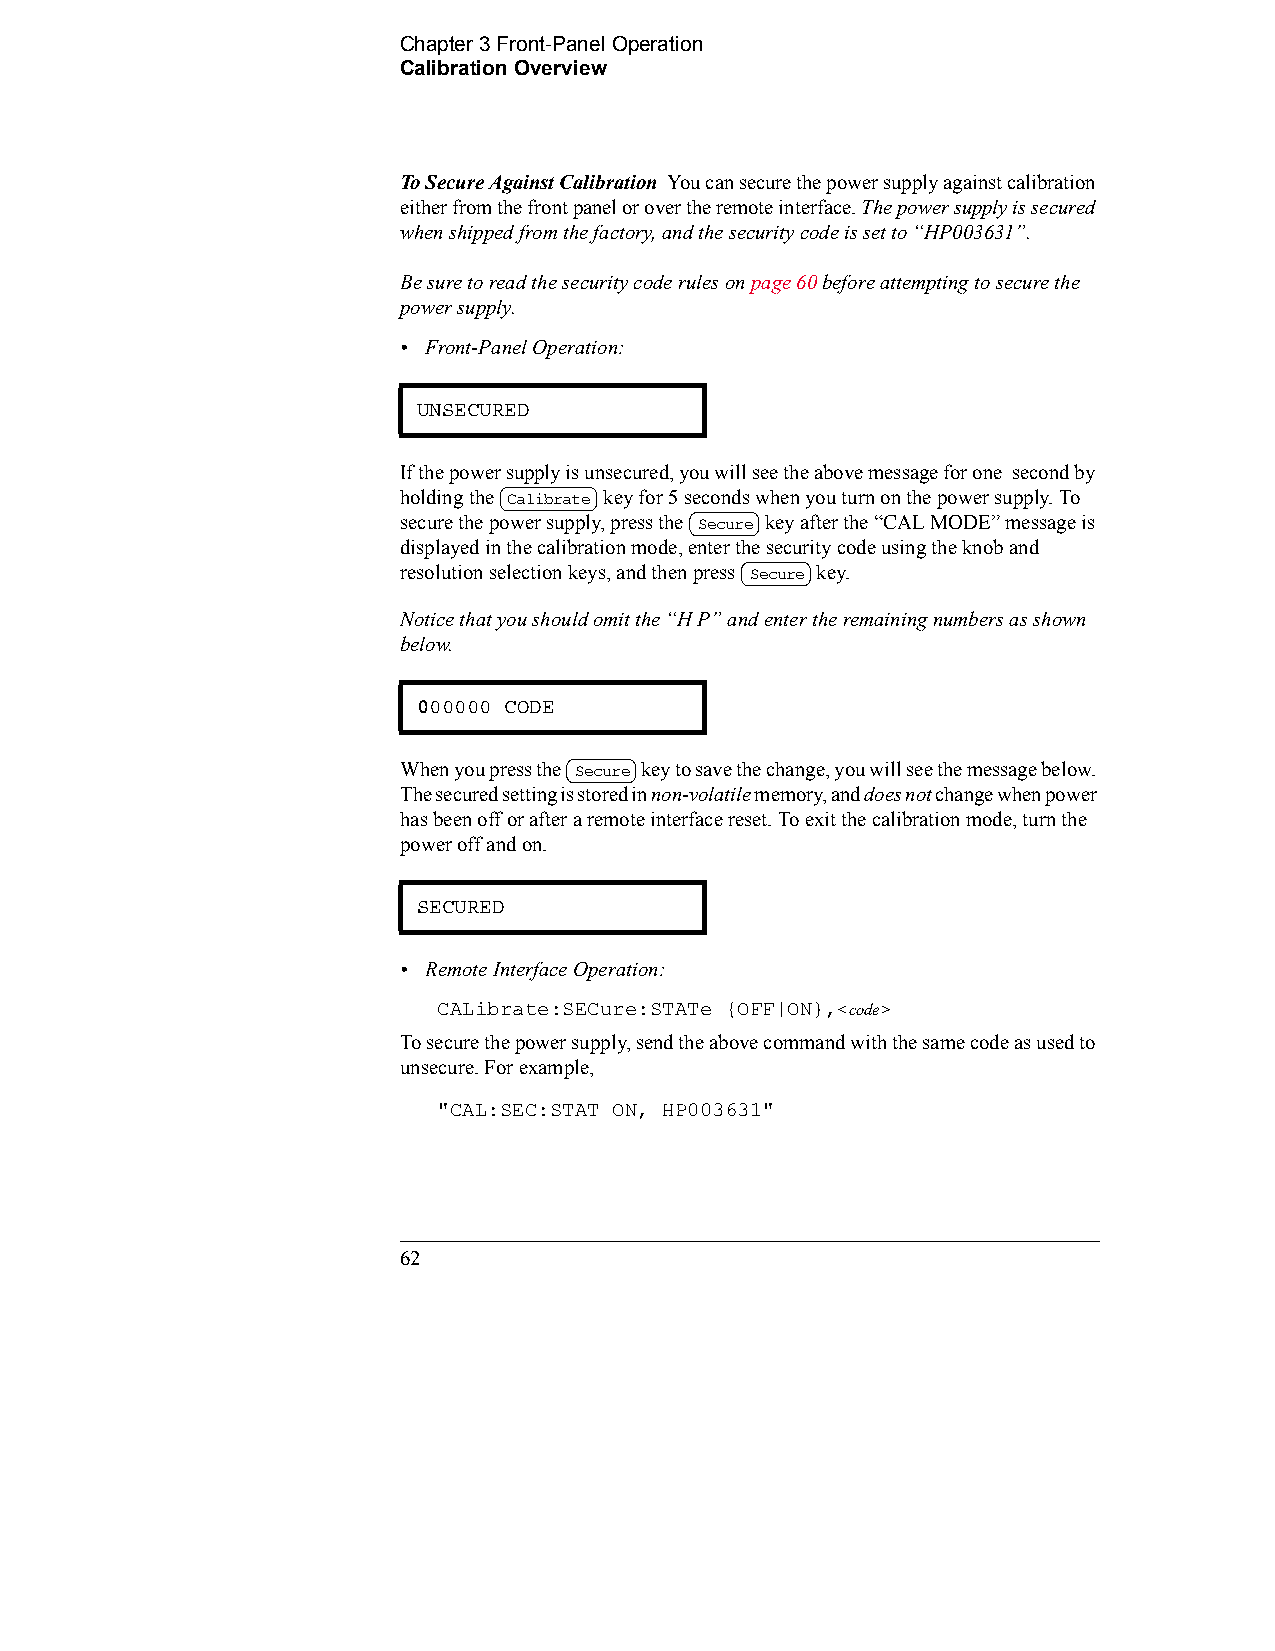
Chapter 3 Front-Panel Operation         
 Calibration Overview
 To Secure Against Calibration You can secure the power supply against calibration
 either from the front panel or over the remote interface. The power supply is secured
 when shipped from the factory, and the security code is set to “HP003631”.
 Be sure to read the security code rules on page 60 before attempting to secure the
 power supply.
 • Front-Panel Operation:
 UNSECURED
 If the power supply is unsecured, you will see the above message for one second by
 holding the Calibrate key for 5 seconds when you turn on the power supply. To
 secure the power supply, press the Secure key after the “CAL MODE” message is
 displayed in the calibration mode, enter the security code using the knob and
 resolution selection keys, and then press Secure key.
 Notice that you should omit the “H P” and enter the remaining numbers as shown
 below.
 000000 CODE
 When you press the Secure key to save the change, you will see the message below.
 The secured setting is stored in non-volatile memory, and does not change when power
 has been off or after a remote interface reset. To exit the calibration mode, turn the
 power off and on.
 SECURED
 • Remote Interface Operation:
 CALibrate:SECure:STATe {OFF|ON},<code>
 To secure the power supply, send the above command with the same code as used to
 unsecure. For example,
 "CAL:SEC:STAT ON, HP003631"
 62                                             